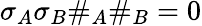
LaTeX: \sigma_{A}\sigma_{B}\# _{A}\# _{B}=0